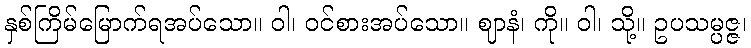
နှစ်ကြိမ်မြောက်ရအပ်သော။ ဝါ၊ ဝင်စားအပ်သော။ ဈာနံ၊ ကို။ ဝါ၊ သို့။ ဥပသမ္ပဇ္ဇ၊